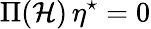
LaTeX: \Pi({\mathcal{H}})\, \eta^{\star}=0